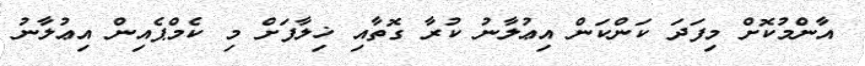
އާންމުކޮށް މިފަދަ ކަންކަން އިޢުލާނު ކުރާ ގޮތާއި ޚިލާފަށް މި ކެމްޕެއިން އިޢުލާނު